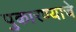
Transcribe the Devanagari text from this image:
पुकारण्याचे